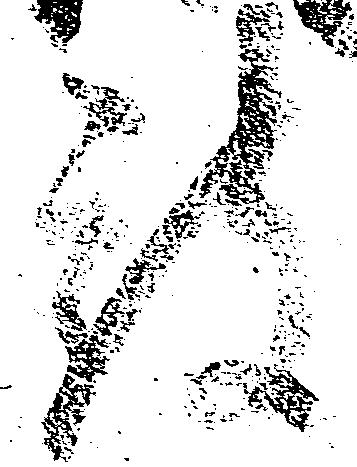
被